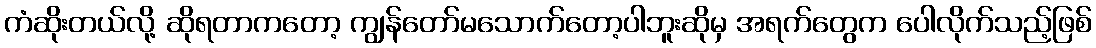
ကံဆိုးတယ်လို့ ဆိုရတာကတော့ ကျွန်တော်မသောက်တော့ပါဘူးဆိုမှ အရက်တွေက ပေါလိုက်သည့်ဖြစ်